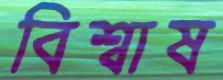
বিশ্বাষ